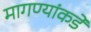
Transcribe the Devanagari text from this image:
मागण्यांकडे